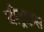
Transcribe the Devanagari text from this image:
बीट्राइस